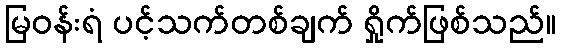
မြဝန်းရံ ပင့်သက်တစ်ချက် ရှိုက်ဖြစ်သည်။